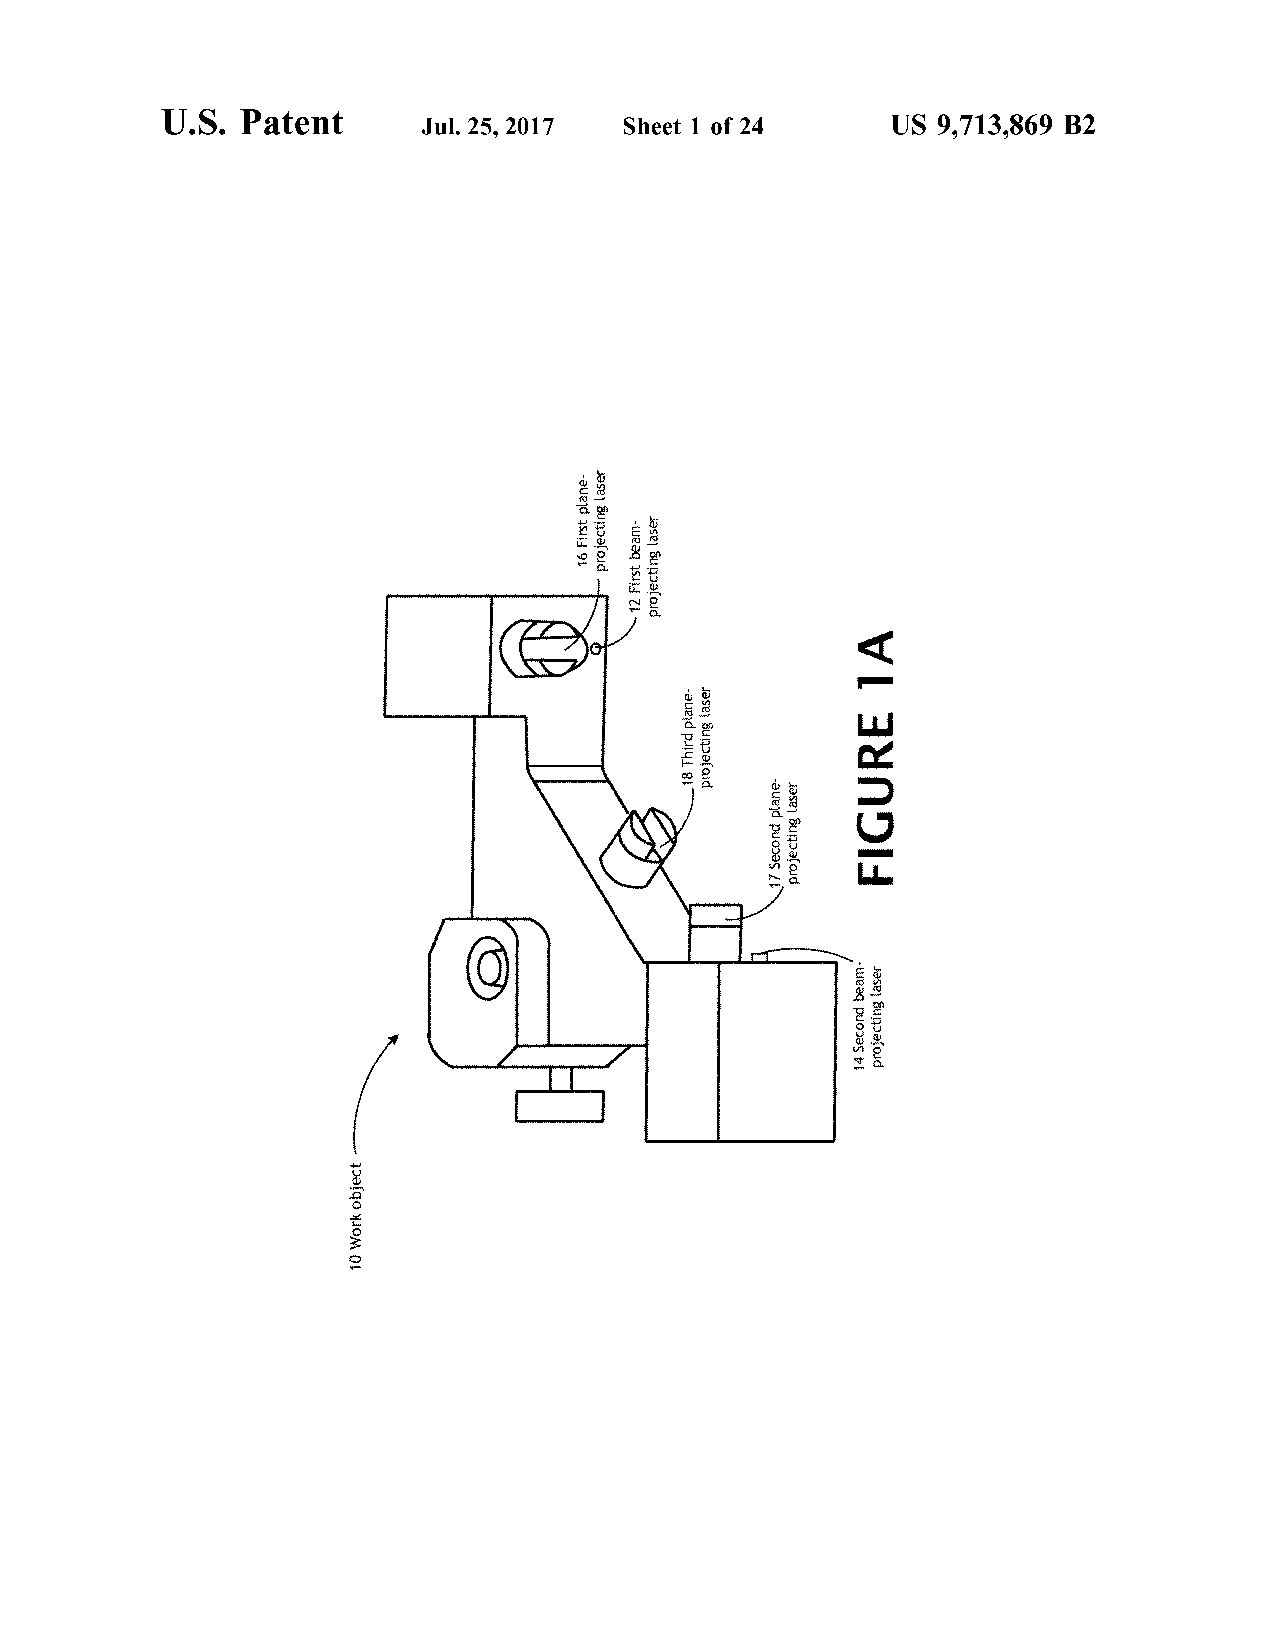
U.S.                                                                                                                                                                                                                                                                                                                                                                                                                                                                                                                                                                                                                                                                                                                                                                                                                                                                                                                                                                                                                                                                                                                                                                                                                                                                                                                                                                                                                                                                                                                                                                                                                                                                                                                                                                                                                                                                                                                                                                                                                                                                                                                                                                                                                                                                                                                                                                                                                                                                                                                                                                                                                                                                                                                                                                                                                                                                                                                                                                                                                                                                                                                                                                                                                                                                                                                                                                                                                                                                    Patent
 US                                                                                                                                                                                                                                                                                                                                                                                                                                                                                                                                                                                                                                                                                                                                                                                                                                                                                                                                                                                                                                                                                                                                                                                                                                                                                                                                                                                                                                                                                                                                                                                                                                                                                                                                                                                                                                                                                                                                                                  9,713,869                                                                                                                                                                                                                                                                                                                                                                                                                                                                                                                                                                                                                                                                                                                                                                                                                                                                                                                                                                                                                                                                                                                                                                                                                                                                                                                                                                                                                                                                                                                                                                                                                                                                                                                                                                                                                                                                                                                                                                                                                                                                                                                                                                                                                                                                                                                                                                                                                                                                                                                                                                                                                                                                                                                                                                                                                                                                                                                                                                                                                                                                                                                                                                                                                                                                                                                                                                                                                                                                                                                                                                                                                                                                                                                                                                                                                                                                                                                                                                                                                                                                                                                                                                                                                                                                                                                                                                                                                                                                                                                                                                                                                                                                                                                                                                                                                                                                                                                                                                                                                                                                                                                                                                                                                                                                                                                                                                                         B2